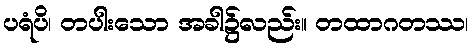
ပရံပိ၊ တပါးသော အခါ၌လည်း။ တထာဂတဿ၊